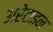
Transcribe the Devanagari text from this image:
अरेटाइन